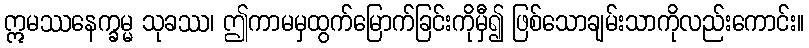
ဣမဿနေက္ခမ္မ သုခဿ၊ ဤကာမမှထွက်မြောက်ခြင်းကိုမှီ၍ ဖြစ်သောချမ်းသာကိုလည်းကောင်း။